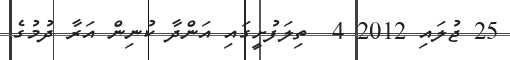
25 ޖުލައި 2012 4  ތިލަފުށީގައި އަންދާ ކުނިން އަރާ ދުމުގެ